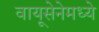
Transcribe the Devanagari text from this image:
वायूसेनेमध्ये